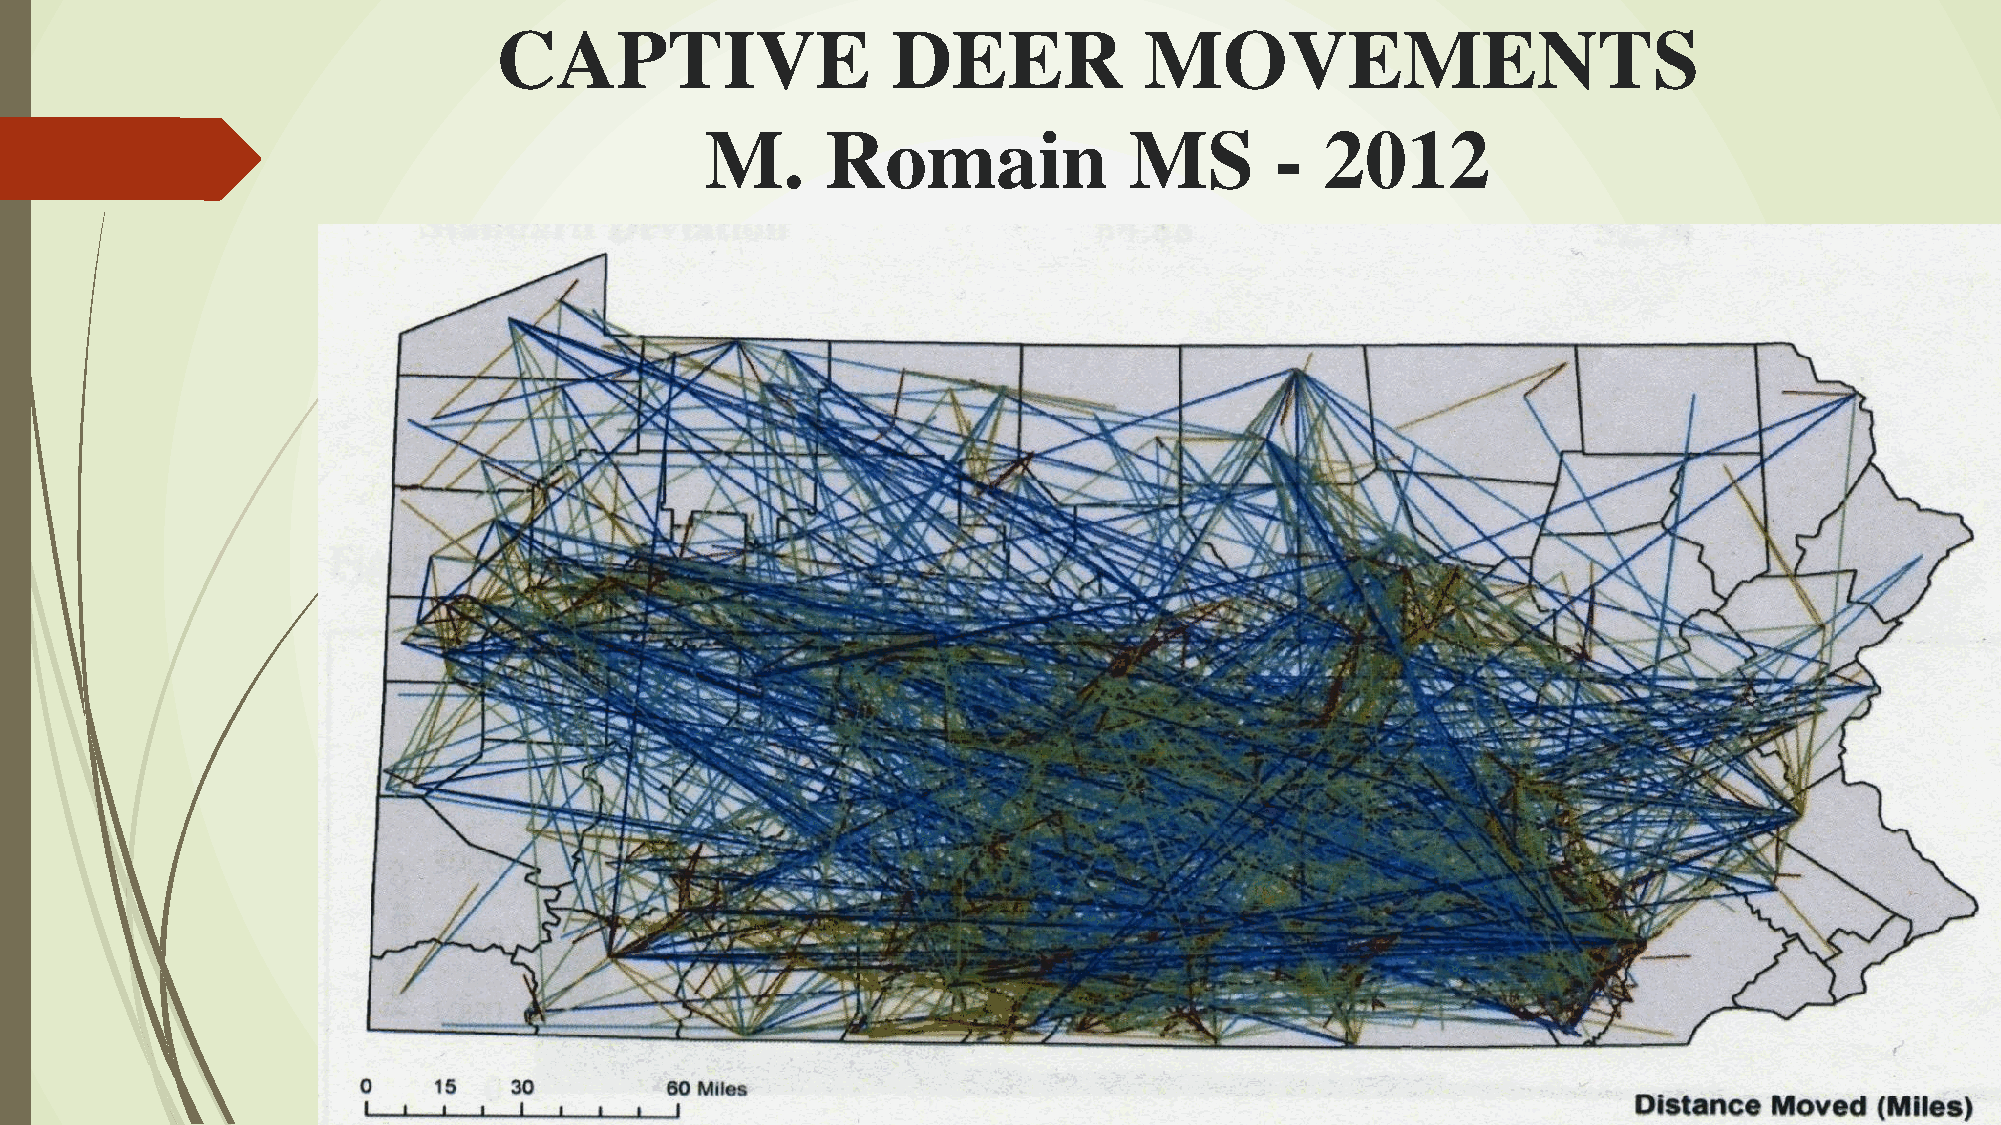
CAPTIVE                   DEER             MOVEMENTS
 M.      Romain              MS       -   2012